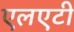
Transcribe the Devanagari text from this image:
एलएटी